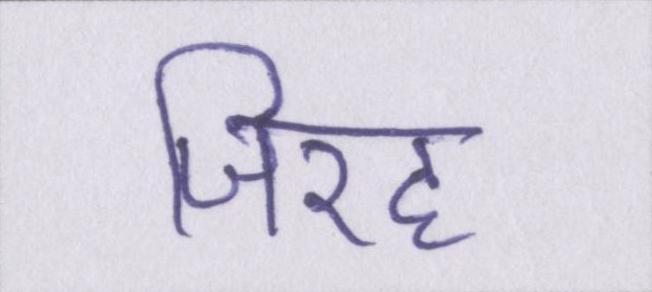
जिरह